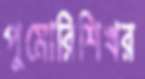
পুমোরিশিখর